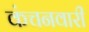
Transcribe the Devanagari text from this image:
कंचनवारी